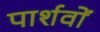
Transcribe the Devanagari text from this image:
पार्शवों